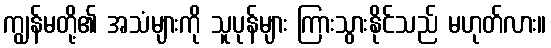
ကျွန်မတို့၏ အသံများကို သူပုန်များ ကြားသွားနိုင်သည် မဟုတ်လား။